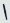
Text: 1